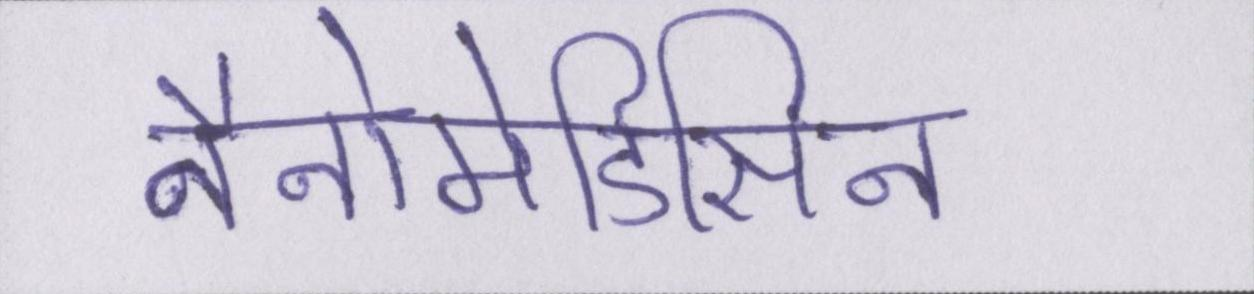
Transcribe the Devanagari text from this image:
नैनोमेडिसिन